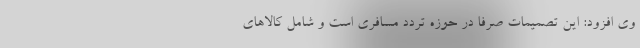
وی افزود: این تصمیمات صرفا در حوزه تردد مسافری است و شامل کالاهای